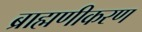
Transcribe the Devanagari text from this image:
ब्राह्मणीकरण